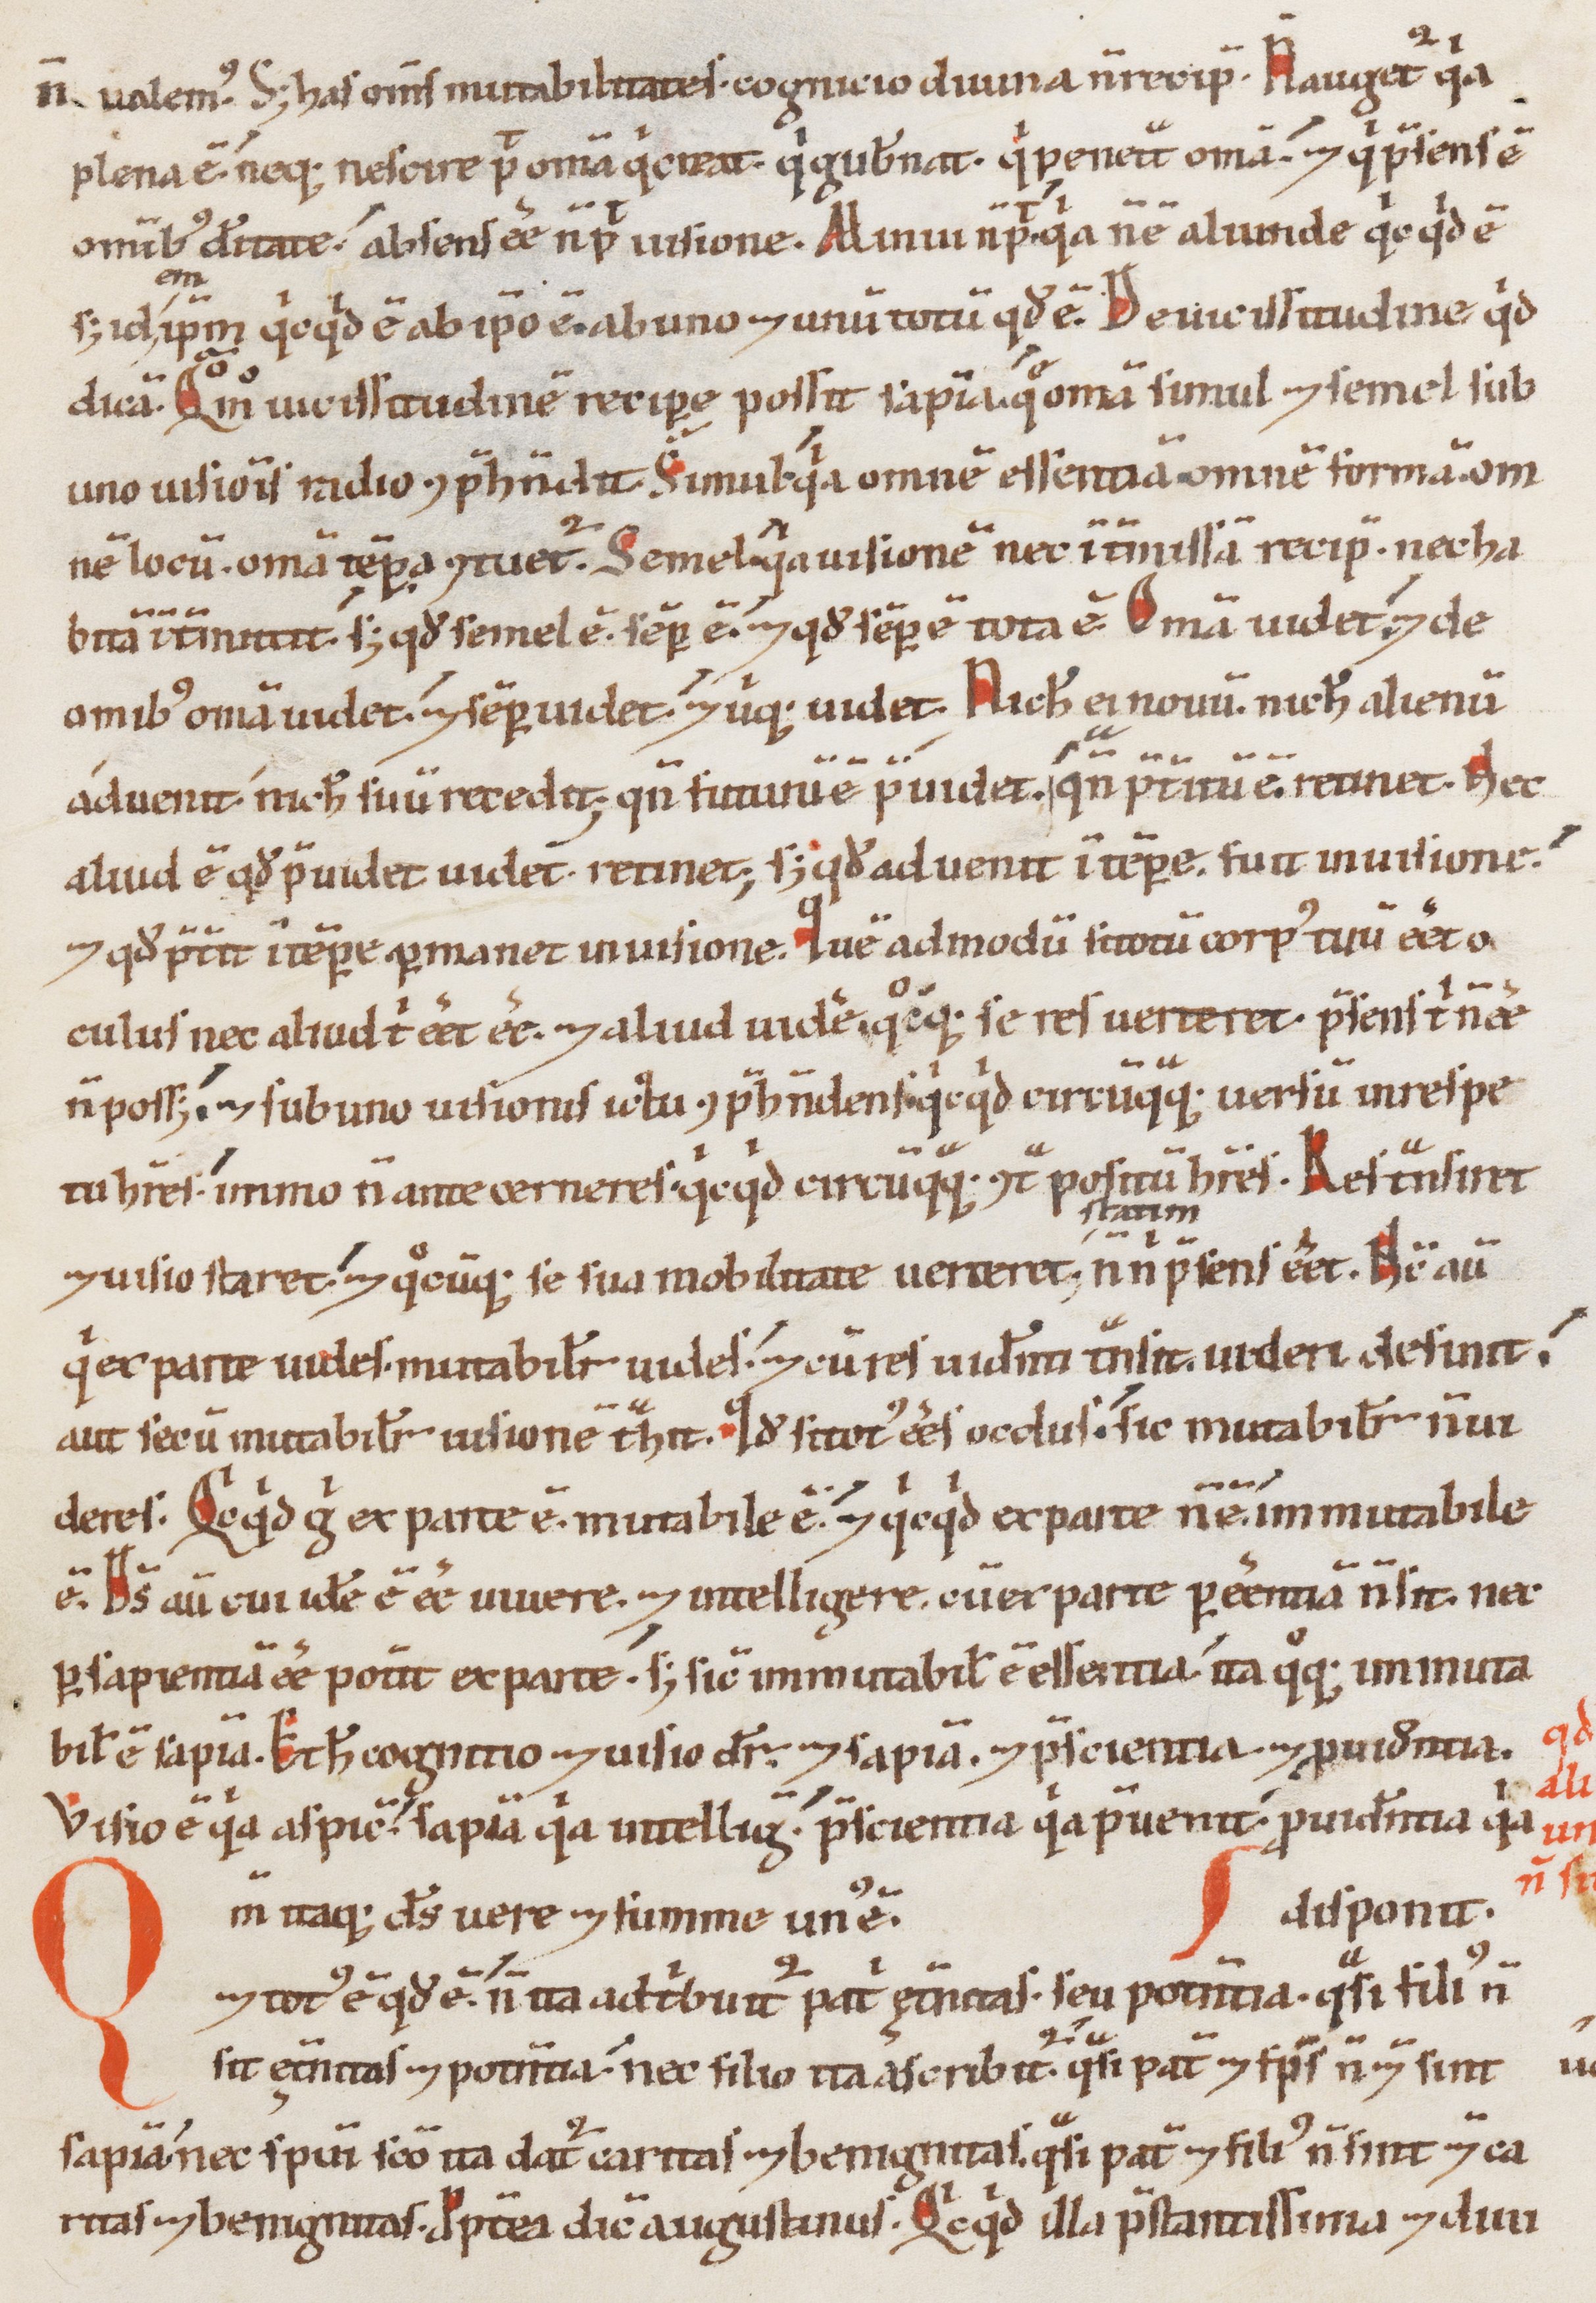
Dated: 1100–1199